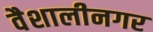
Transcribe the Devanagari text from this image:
वैशालीनगर